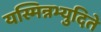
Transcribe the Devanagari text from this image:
यस्मिन्नभ्युदिते